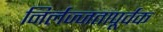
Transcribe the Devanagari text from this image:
निर्लज्जतापूर्वक